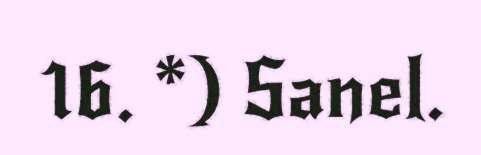
16. *) Sanel.